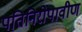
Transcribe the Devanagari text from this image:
पतिनिरोपावीण